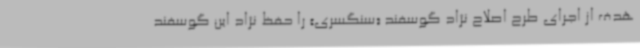
هدف از اجرای طرح اصلاح نژاد گوسفند «سنگسری» را حفظ نژاد این گوسفند